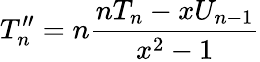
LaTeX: T_{n}^{\prime\prime}=n{\frac{nT_{n}-xU_{n-1}}{x^{2}-1}}